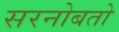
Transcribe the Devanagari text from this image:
सरनोबतो